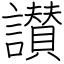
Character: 讃